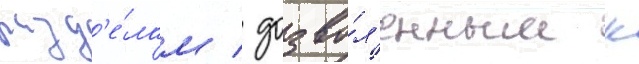
разд'е́лам / дозво́л'енным к